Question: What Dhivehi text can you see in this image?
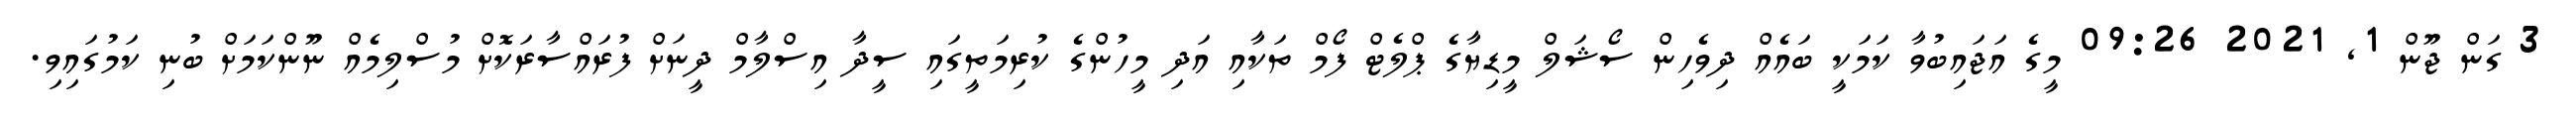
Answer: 3 ގަން ޖޫން 1, 2021 09:26 މީގެ އަޖައިބުވާ ކަމަކީ ބައެއް ދިވެހިން ސޯޝަލް މީޑިޔާގެ ޕްލެޓް ފޯމް ތަކާއި އަދި މީހުންގެ ކުރިމަތީގައި ސީދާ އިސްލާމް ދީނަށް ފުރައްސާރަކޮށް މުސްލިމެއް ނޫންކަމަށް ބުނި ކަމުގައިވި.